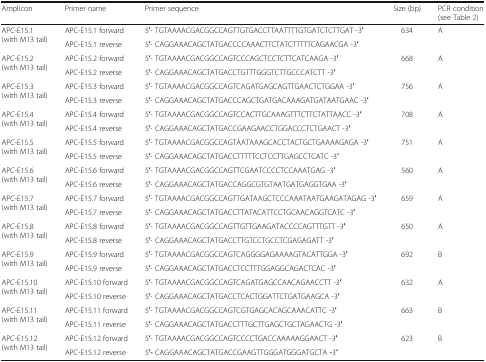
<table><thead><tr><td><b>Amplicon</b></td><td><b>Primer name</b></td><td><b>Primer sequence</b></td><td><b>Size (bp)</b></td><td><b>PCR condition (see Table 2)</b></td></tr></thead><tbody><tr><td rowspan="2">APC-E15.1(with M13 tail)</td><td>APC-E15.1 forward</td><td>5′- TGTAAAACGACGGCCAGTTGTGACCTTAATTTTGTGATCTCTTGAT -3′</td><td rowspan="2">634</td><td rowspan="2">A</td></tr><tr><td>APC-E15.1 reverse</td><td>5′- CAGGAAACAGCTATGACCCCAAACTTCTATCTTTTTCAGAACGA -3′</td></tr><tr><td rowspan="2">APC-E15.2(with M13 tail)</td><td>APC-E15.2 forward</td><td>5′- TGTAAAACGACGGCCAGTCCCAGCTCCTCTTCATCAAGA -3′</td><td rowspan="2">668</td><td rowspan="2">A</td></tr><tr><td>APC-E15.2 reverse</td><td>5′- CAGGAAACAGCTATGACCTGTTTGGGTCTTGCCCATCTT -3′</td></tr><tr><td rowspan="2">APC-E15.3(with M13 tail)</td><td>APC-E15.3 forward</td><td>5′- TGTAAAACGACGGCCAGTCAGATGAGCAGTTGAACTCTGGAA -3′</td><td rowspan="2">756</td><td rowspan="2">A</td></tr><tr><td>APC-E15.3 reverse</td><td>5′- CAGGAAACAGCTATGACCCAGCTGATGACAAAGATGATAATGAAC -3′</td></tr><tr><td rowspan="2">APC-E15.4(with M13 tail)</td><td>APC-E15.4 forward</td><td>5′- TGTAAAACGACGGCCAGTCCACTTGCAAAGTTTCTTCTATTAACC -3′</td><td rowspan="2">708</td><td rowspan="2">A</td></tr><tr><td>APC-E15.4 reverse</td><td>5′- CAGGAAACAGCTATGACCGAAGAACCTGGACCCTCTGAACT -3′</td></tr><tr><td rowspan="2">APC-E15.5(with M13 tail)</td><td>APC-E15.5 forward</td><td>5′- TGTAAAACGACGGCCAGTAATAAAGCACCTACTGCTGAAAAGAGA -3′</td><td rowspan="2">751</td><td rowspan="2">A</td></tr><tr><td>APC-E15.5 reverse</td><td>5′- CAGGAAACAGCTATGACCTTTTTCCTCCTTGAGCCTCATC -3′</td></tr><tr><td rowspan="2">APC-E15.6(with M13 tail)</td><td>APC-E15.6 forward</td><td>5′- TGTAAAACGACGGCCAGTTCGAATCCCCTCCAAATGAG -3′</td><td rowspan="2">560</td><td rowspan="2">A</td></tr><tr><td>APC-E15.6 reverse</td><td>5′- CAGGAAACAGCTATGACCAGGCGTGTAATGATGAGGTGAA -3′</td></tr><tr><td rowspan="2">APC-E15.7(with M13 tail)</td><td>APC-E15.7 forward</td><td>5′- TGTAAAACGACGGCCAGTTGATAAGCTCCCAAATAATGAAGATAGAG -3′</td><td rowspan="2">659</td><td rowspan="2">A</td></tr><tr><td>APC-E15.7 reverse</td><td>5′- CAGGAAACAGCTATGACCTTATACATTCCTGCAACAGGTCATC -3′</td></tr><tr><td rowspan="2">APC-E15.8(with M13 tail)</td><td>APC-E15.8 forward</td><td>5′- TGTAAAACGACGGCCAGTTGTTGAAGATACCCCAGTTTGTT -3′</td><td rowspan="2">650</td><td rowspan="2">A</td></tr><tr><td>APC-E15.8 reverse</td><td>5′- CAGGAAACAGCTATGACCTTGTCCTGCCTCGAGAGATT -3′</td></tr><tr><td rowspan="2">APC-E15.9(with M13 tail)</td><td>APC-E15.9 forward</td><td>5′- TGTAAAACGACGGCCAGTCAGGGGAGAAAAGTACATTGGA -3′</td><td rowspan="2">692</td><td rowspan="2">B</td></tr><tr><td>APC-E15.9 reverse</td><td>5′- CAGGAAACAGCTATGACCTCCTTTGGAGGCAGACTCAC -3′</td></tr><tr><td rowspan="2">APC-E15.10(with M13 tail)</td><td>APC-E15.10 forward</td><td>5′- TGTAAAACGACGGCCAGTCAGATGAGCCAACAGAACCTT -3′</td><td rowspan="2">632</td><td rowspan="2">A</td></tr><tr><td>APC-E15.10 reverse</td><td>5′- CAGGAAACAGCTATGACCTCACTGGATTCTGATGAAGCA -3′</td></tr><tr><td rowspan="2">APC-E15.11(with M13 tail)</td><td>APC-E15.11 forward</td><td>5′- TGTAAAACGACGGCCAGTCGTGAGCACAGCAAACATTC -3′</td><td rowspan="2">663</td><td rowspan="2">B</td></tr><tr><td>APC-E15.11 reverse</td><td>5′- CAGGAAACAGCTATGACCTTTGCTTGAGCTGCTAGAACTG -3′</td></tr><tr><td rowspan="2">APC-E15.12(with M13 tail)</td><td>APC-E15.12 forward</td><td>5′- TGTAAAACGACGGCCAGTCCCCTGACCAAAAAGGAACT -3′</td><td rowspan="2">623</td><td rowspan="2">B</td></tr><tr><td>APC-E15.12 reverse</td><td>5′<b>-</b> CAGGAAACAGCTATGACCGAAGTTGGGATGGGATGCTA <b>-</b>3′</td></tr></tbody></table>